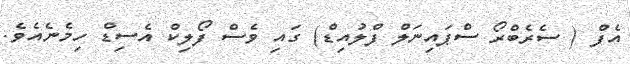
އެފް ( ސެރެބްރޯ ސްޕައިނަލް ފްލުއިޑް) ގައި ވެސް ފޯލިކް އެސިޑް ހިމެނެއެވެ.